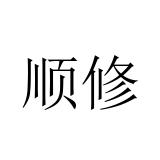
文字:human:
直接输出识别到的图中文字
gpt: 顺修